Report of the veterinary officer investigating camel disease
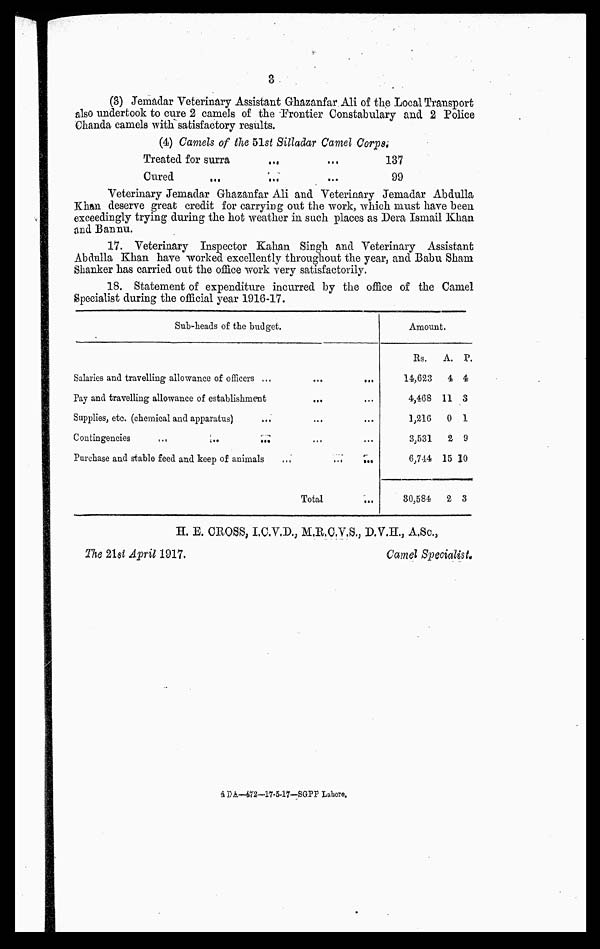
3
(3) Jemadar Veterinary Assistant Ghazanfar Ali of the Local Transport
also undertook to cure 2 camels of the Frontier Constabulary and 2 Police
Chanda camels with satisfactory results.
(4) Camels of the 51st Silladar Camel Corps;
Treated for surra
...
Cured
...
...
137
99
Veterinary Jemadar Ghazanfar Ali and Veterinary Jemadar Abdulla
Khan deserve great credit for carrying out the work, which must have been
exceedingly trying during the hot weather in such places as Dera Ismail Khan
and Bannu.
17. Veterinary Inspector Kahan Singh and Veterinary Assistant
Abdulla Khan have worked excellently throughout the year, and Babu Sham
Skanker has carried out the office work very satisfactorily.
18. Statement of expenditure incurred by the office of the Camel
Specialist during the official year 1916-17.
Sub-heads of the budget.
Salaries and travelling allowance of officers
.........
Pay and travelling allowance of establishment......
Supplies, etc. (chemical and apparatus)
.........
Contingencies
...
...
.........
Purchase and stable feed and keep of animals
Total ...
Amount.
Rs.
14,623
4,468
1,216
3,531
6,744
30,584
A.
4
11
0
2
15
2
P.
4
3
1
9
10
3
H. E. CROSS, I.C.V.D., M.K.C.V.S., D.V.H., A.Sc,
The 21st April 1917.
Camel Specialist.,
DA—472—17-5-17—SGPP Lahore.